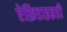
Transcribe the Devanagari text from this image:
ऐक्रिडाइइडी